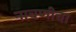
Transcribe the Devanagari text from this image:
नाचणीचा